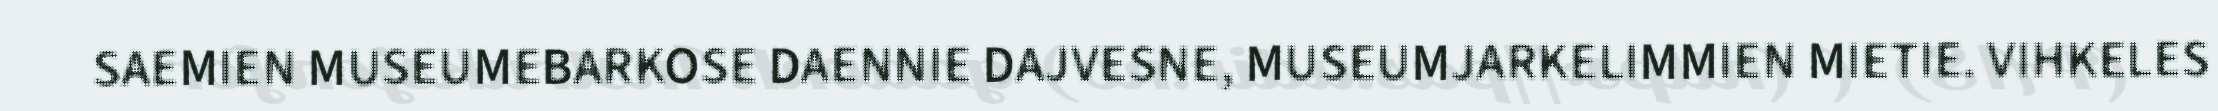
SAEMIEN MUSEUMEBARKOSE DAENNIE DAJVESNE, MUSEUMJARKELIMMIEN MIETIE. VIHKELES